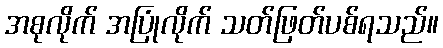
အစုလိုက် အပြုံလိုက် သတ်ဖြတ်ပစ်ရသည်။